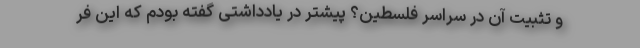
و تثبیت آن در سراسر فلسطین؟ پیشتر در یادداشتی گفته بودم که این فر